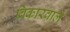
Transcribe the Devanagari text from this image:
विकारवाले